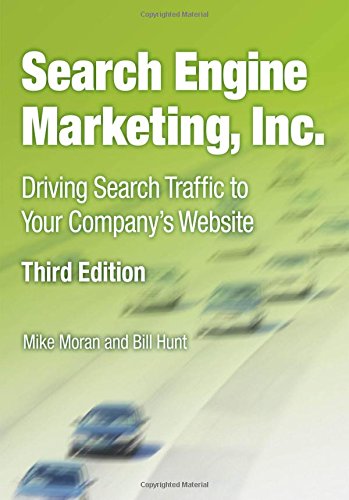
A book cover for Search Engine Marketing, Inc.: Driving Search Traffic to Your Company's Website (3rd Edition) (IBM Press); Mike Moran; Business & Money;